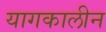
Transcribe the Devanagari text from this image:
यागकालीन